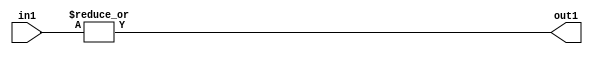
`timescale 1ps / 1ps
/*****************************************************************************
    Verilog RTL Description
    
    
    Created by: Stratus DpOpt 2019.1.01 
*******************************************************************************/

module DC_Filter_OrReduction_2U_1U_1 (
	in1,
	out1
	); /* architecture "behavioural" */ 
input [1:0] in1;
output  out1;
wire  asc001;

assign asc001 = 
	(|in1);

assign out1 = asc001;
endmodule

/* CADENCE  urX0Sws= : u9/ySgnWtBlWxVPRXgAZ4Og= ** DO NOT EDIT THIS LINE ******/